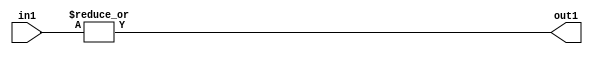
`timescale 1ps / 1ps
/*****************************************************************************
    Verilog RTL Description
    
    
    Created by: Stratus DpOpt 2019.1.01 
*******************************************************************************/

module DC_Filter_OrReduction_2U_1U_1 (
	in1,
	out1
	); /* architecture "behavioural" */ 
input [1:0] in1;
output  out1;
wire  asc001;

assign asc001 = 
	(|in1);

assign out1 = asc001;
endmodule

/* CADENCE  urX0Sws= : u9/ySgnWtBlWxVPRXgAZ4Og= ** DO NOT EDIT THIS LINE ******/